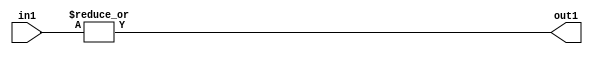
`timescale 1ps / 1ps
/*****************************************************************************
    Verilog RTL Description
    
    
    Created by: Stratus DpOpt 2019.1.01 
*******************************************************************************/

module DC_Filter_OrReduction_2U_1U_1 (
	in1,
	out1
	); /* architecture "behavioural" */ 
input [1:0] in1;
output  out1;
wire  asc001;

assign asc001 = 
	(|in1);

assign out1 = asc001;
endmodule

/* CADENCE  urX0Sws= : u9/ySgnWtBlWxVPRXgAZ4Og= ** DO NOT EDIT THIS LINE ******/